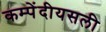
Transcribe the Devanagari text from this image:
कम्पेंदीयसली